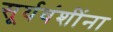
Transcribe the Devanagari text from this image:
सूर्यवंशींना